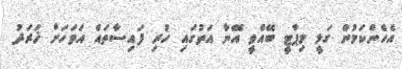
އެހެންކަމުން ގަލީ މިޕާޓީ ބޭއްވީ އޭނާ އަތުގައި ހުރި ފައިސާތައް އަވަހަށް ޚަރަދު